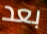
بعد